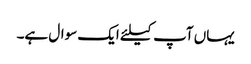
یہاں آپ کیلئے ایک سوال ہے۔